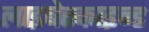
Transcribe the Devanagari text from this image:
लाइबेस्काइन्ड